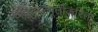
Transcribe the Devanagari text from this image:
उद्‍दिष्टपूर्तीकरिता